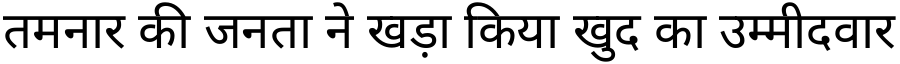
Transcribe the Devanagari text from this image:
तमनार की जनता ने खड़ा किया खुद का उम्मीदवार